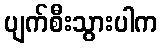
ပျက်စီးသွားပါက